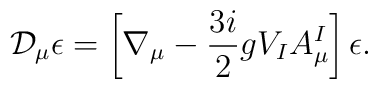
\mathcal{D}_{\mu }\epsilon =\left[ \nabla _{\mu }-\frac{3i}{2}gV_{I}A_{\mu}^{I}\right] \epsilon .